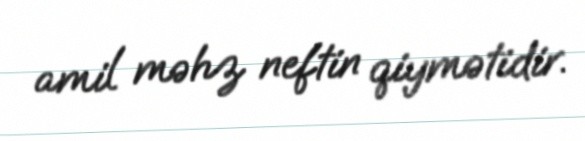
amil məhz neftin qiymətidir.